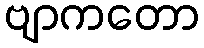
ဗျာကတော